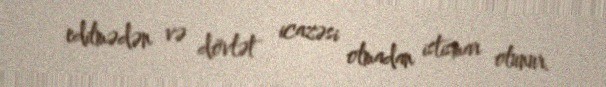
edilmədən və dövlət icazəsi olmadan istismar olunur.